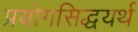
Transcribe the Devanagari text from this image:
प्रयोगसिद्धयर्थ